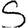
Digit: 5